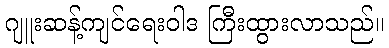
ဂျူးဆန့်ကျင်ရေးဝါဒ ကြီးထွားလာသည်။